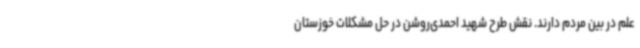
علم در بین مردم دارند. نقش طرح شهید احمدی‌روشن در حل مشکلات خوزستان